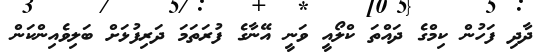
ދާދި ފަހުން ކިމްގެ ދައްތަ ކްލޯއީ ވަނީ އޭނާގެ ފުރަތަމަ ދަރިފުޅަށް ބަލިވެއިންކަން